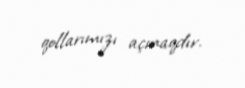
qollarımızı açmaqdır.